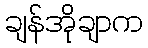
ချန်အိုချာက